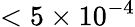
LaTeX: <5\times 10^{-4}